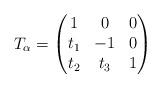
LaTeX: \begin{align*} T_{\alpha} = \begin{pmatrix} 1 & 0 & 0 \\ t_1 & -1 & 0 \\t_2 & t_3 & 1 \end{pmatrix} \end{align*}